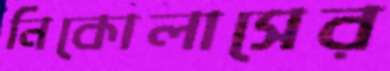
নিকোলাসের